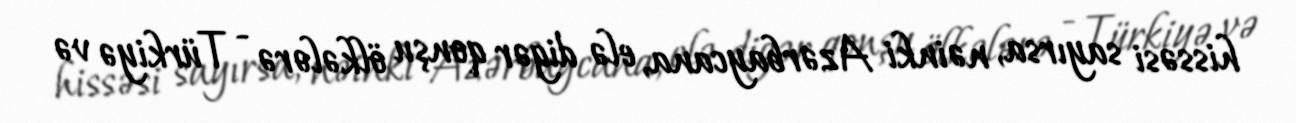
hissəsi sayırsa, nəinki Azərbaycana, elə digər qonşu ölkələrə - Türkiyə və